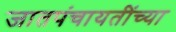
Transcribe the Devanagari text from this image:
जातपंचायतींच्या